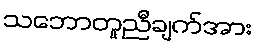
သဘောတူညီချက်အား